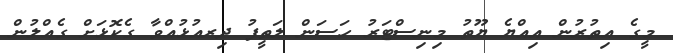
މީގެ އިތުރުން އިއްޔެ ޔޫތު މިނިސްޓަރު ހަސަން ލަތީފު ދިރއުޅުއްވާ ގެކޮޅަށް ގެއްލުން